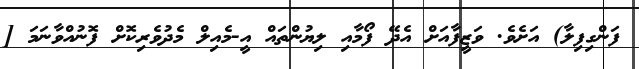
ފަންގިފިލާ) އަށެވެ. ވަޒީފާއަށް އެދޭ ފޯމާއި ލިޔުންތައް އީ-މެއިލް މެދުވެރިކޮށް ފޮނުއްވާނަމަ [